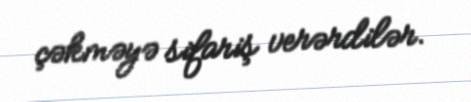
çəkməyə sifariş verərdilər.